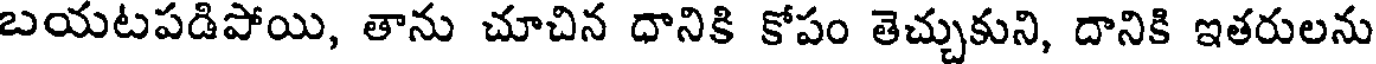
బయటపడిపోయి, తాను చూచిన ధానికి కోపం తెచ్చుకుని, దానికి ఇతరులను